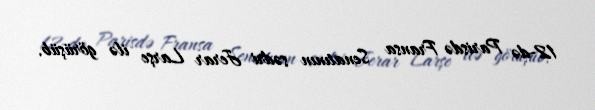
12-də Parisdə Fransa Senatının sədri Jerar Larşe ilə görüşüb.